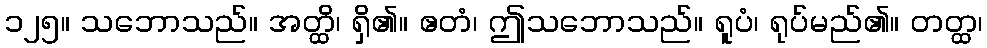
၁၂၅။ သဘောသည်။ အတ္ထိ၊ ရှိ၏။ ဧတံ၊ ဤသဘောသည်။ ရူပံ၊ ရုပ်မည်၏။ တတ္ထ၊